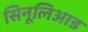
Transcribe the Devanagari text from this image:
सिनूलिआड